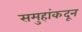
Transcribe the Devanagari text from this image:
समुहांकदून